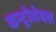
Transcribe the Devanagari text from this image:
कन्ट्रोलेबल